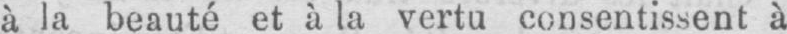
à la beauté et à la vertu consentissent à